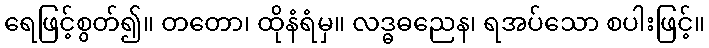
ရေဖြင့်စွတ်၍။ တတော၊ ထိုနံရံမှ။ လဒ္ဓဓညေန၊ ရအပ်သော စပါးဖြင့်။